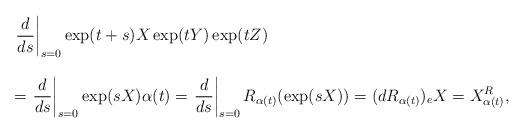
LaTeX: \begin{align*} \begin{array}{lll}&&\displaystyle{\left.\frac{d}{ds}\right|_{s=0}\exp (t+s)X \exp (tY) \exp(tZ)}\ \\\\&&=\displaystyle{\left.\frac{d}{ds}\right|_{s=0}\exp(sX)\alpha(t)}=\displaystyle{\left.\frac{d}{ds}\right|_{s=0}R_{\alpha(t)}(\exp (sX))}=(dR_{\alpha(t)})_eX=X^R_{\alpha(t)},\end{array}\end{align*}